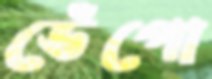
ডেঁপো